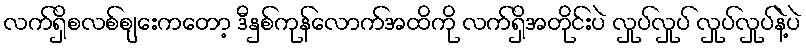
လက်ရှိစလစ်စျေးကတော့ ဒီနှစ်ကုန်လောက်အထိကို လက်ရှိအတိုင်းပဲ လှုပ်လှုပ် လှုပ်လှုပ်နဲ့ပဲ